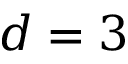
d = 3